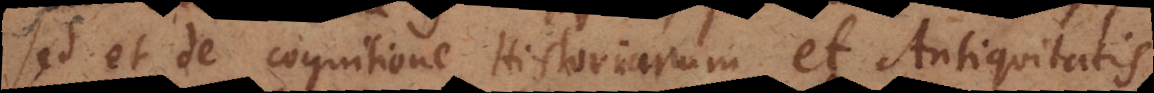
sed et de cognitione Historiarum et Antiquitatis,